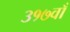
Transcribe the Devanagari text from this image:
३१७वाँ